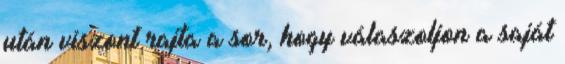
után viszont rajta a sor, hogy válaszoljon a saját